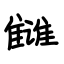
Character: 雠